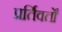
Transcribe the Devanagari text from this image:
प्रर्तिवर्तों